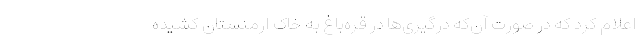
اعلام کرد که در صورت آن‌که درگیری‌ها در قره‌باغ به خاک ارمنستان کشیده